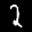
Label: 2